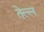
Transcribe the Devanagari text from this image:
तेल्ल